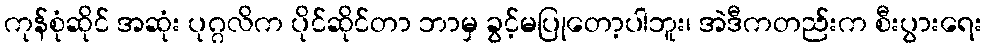
ကုန်စုံဆိုင် အဆုံး ပုဂ္ဂလိက ပိုင်ဆိုင်တာ ဘာမှ ခွင့်မပြုတော့ပါဘူး၊ အဲဒီကတည်းက စီးပွားရေး